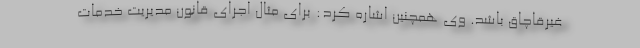
غیرقاچاق باشد. وی همچنین اشاره کرد: برای مثال اجرای قانون مدیریت خدمات